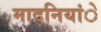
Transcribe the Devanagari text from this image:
मादनियांे